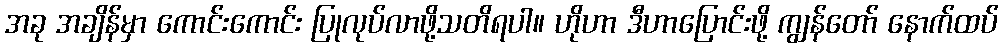
အခု အချိန်မှာ ကောင်းကောင်း ပြုလုပ်လာဖို့သတိရပါ။ ဟိုဟာ ဒီဟာပြောင်းဖို့ ကျွန်တော် နောက်ထပ်